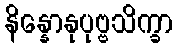
နိန္နောနုပုဗ္ဗသိက္ခာ